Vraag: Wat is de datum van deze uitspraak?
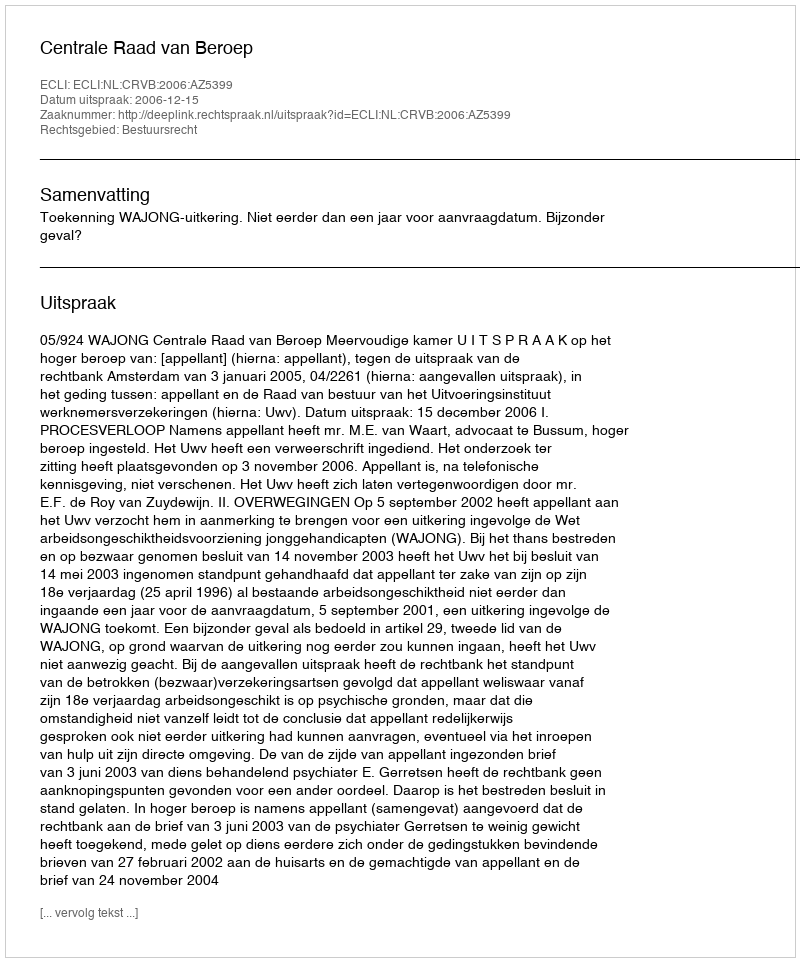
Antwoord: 2006-12-15